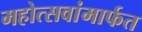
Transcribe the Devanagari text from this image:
महोत्सवांमार्फत